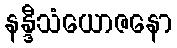
နန္ဒီသံယောဇနော